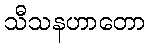
သီသနဟာတော